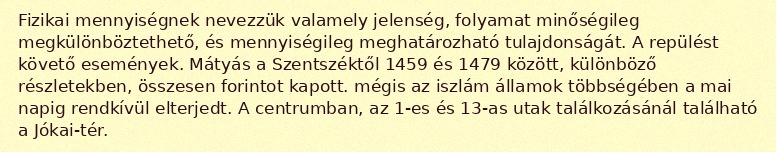
Fizikai mennyiségnek nevezzük valamely jelenség, folyamat minőségileg megkülönböztethető, és mennyiségileg meghatározható tulajdonságát. A repülést követő események. Mátyás a Szentszéktől 1459 és 1479 között, különböző részletekben, összesen forintot kapott. mégis az iszlám államok többségében a mai napig rendkívül elterjedt. A centrumban, az 1-es és 13-as utak találkozásánál található a Jókai-tér.